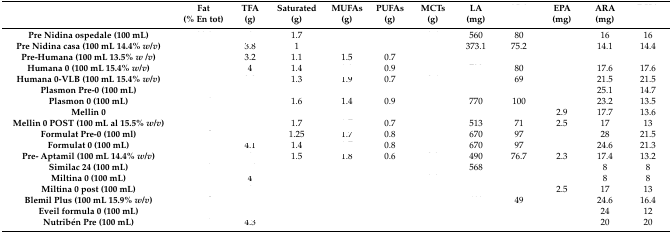
<table><thead><tr><td>[EMPTY_CELL]</td><td><b>Fat(% En tot)</b></td><td><b>TFA (g)</b></td><td><b>Saturated (g)</b></td><td><b>MUFAs (g)</b></td><td><b>PUFAs (g)</b></td><td><b>MCTs (g)</b></td><td><b>LA (mg)</b></td><td>[EMPTY_CELL]</td><td><b>EPA (mg)</b></td><td><b>ARA (mg)</b></td><td>[EMPTY_CELL]</td></tr></thead><tbody><tr><td><b>Pre Nidina ospedale (100 mL)</b></td><td>[EMPTY_CELL]</td><td>[EMPTY_CELL]</td><td>1.7</td><td>[EMPTY_CELL]</td><td>[EMPTY_CELL]</td><td>[EMPTY_CELL]</td><td>560</td><td>80</td><td>[EMPTY_CELL]</td><td>16</td><td>16</td></tr><tr><td><b>Pre Nidina casa (100 mL 14.4% <i>w</i>/<i>v</i>)</b></td><td>[EMPTY_CELL]</td><td>3.8</td><td>1</td><td>[EMPTY_CELL]</td><td>[EMPTY_CELL]</td><td>[EMPTY_CELL]</td><td>373.1</td><td>75.2</td><td>[EMPTY_CELL]</td><td>14.1</td><td>14.4</td></tr><tr><td><b>Pre-Humana (100 mL 13.5% <i>w</i>/<i>v</i>)</b></td><td>[EMPTY_CELL]</td><td>3.2</td><td>1.1</td><td>1.5</td><td>0.7</td><td>[EMPTY_CELL]</td><td>[EMPTY_CELL]</td><td>[EMPTY_CELL]</td><td>[EMPTY_CELL]</td><td>[EMPTY_CELL]</td><td>[EMPTY_CELL]</td></tr><tr><td><b>Humana 0 (100 mL 15.4% <i>w</i>/<i>v</i>)</b></td><td>[EMPTY_CELL]</td><td>4</td><td>1.4</td><td>[EMPTY_CELL]</td><td>0.9</td><td>[EMPTY_CELL]</td><td>[EMPTY_CELL]</td><td>80</td><td>[EMPTY_CELL]</td><td>17.6</td><td>17.6</td></tr><tr><td><b>Humana 0-VLB (100 mL 15.4% <i>w</i>/<i>v</i>)</b></td><td>[EMPTY_CELL]</td><td>[EMPTY_CELL]</td><td>1.3</td><td>1.9</td><td>0.7</td><td>[EMPTY_CELL]</td><td>[EMPTY_CELL]</td><td>69</td><td>[EMPTY_CELL]</td><td>21.5</td><td>21.5</td></tr><tr><td><b>Plasmon Pre-0 (100 mL)</b></td><td>[EMPTY_CELL]</td><td>[EMPTY_CELL]</td><td>[EMPTY_CELL]</td><td>[EMPTY_CELL]</td><td>[EMPTY_CELL]</td><td>[EMPTY_CELL]</td><td>[EMPTY_CELL]</td><td>[EMPTY_CELL]</td><td>[EMPTY_CELL]</td><td>25.1</td><td>14.7</td></tr><tr><td><b>Plasmon 0 (100 mL)</b></td><td>[EMPTY_CELL]</td><td>[EMPTY_CELL]</td><td>1.6</td><td>1.4</td><td>0.9</td><td>[EMPTY_CELL]</td><td>770</td><td>100</td><td>[EMPTY_CELL]</td><td>23.2</td><td>13.5</td></tr><tr><td><b>Mellin 0</b></td><td>[EMPTY_CELL]</td><td>[EMPTY_CELL]</td><td>[EMPTY_CELL]</td><td>[EMPTY_CELL]</td><td>[EMPTY_CELL]</td><td>[EMPTY_CELL]</td><td>[EMPTY_CELL]</td><td>[EMPTY_CELL]</td><td>2.9</td><td>17.7</td><td>13.6</td></tr><tr><td><b>Mellin 0 POST (100 mL al 15.5% <i>w</i>/<i>v</i>)</b></td><td>[EMPTY_CELL]</td><td>[EMPTY_CELL]</td><td>1.7</td><td>[EMPTY_CELL]</td><td>0.7</td><td>[EMPTY_CELL]</td><td>513</td><td>71</td><td>2.5</td><td>17</td><td>13</td></tr><tr><td><b>Formulat Pre-0 (100 ml)</b></td><td>[EMPTY_CELL]</td><td>[EMPTY_CELL]</td><td>1.25</td><td>1.7</td><td>0.8</td><td>[EMPTY_CELL]</td><td>670</td><td>97</td><td>[EMPTY_CELL]</td><td>28</td><td>21.5</td></tr><tr><td><b>Formulat 0 (100 mL)</b></td><td>[EMPTY_CELL]</td><td>4.1</td><td>1.4</td><td>[EMPTY_CELL]</td><td>0.8</td><td>[EMPTY_CELL]</td><td>670</td><td>97</td><td>[EMPTY_CELL]</td><td>24.6</td><td>21.3</td></tr><tr><td><b>Pre- Aptamil (100 mL 14.4% <i>w</i>/<i>v</i>)</b></td><td>[EMPTY_CELL]</td><td>[EMPTY_CELL]</td><td>1.5</td><td>1.8</td><td>0.6</td><td>[EMPTY_CELL]</td><td>490</td><td>76.7</td><td>2.3</td><td>17.4</td><td>13.2</td></tr><tr><td><b>Similac 24 (100 mL)</b></td><td>[EMPTY_CELL]</td><td>[EMPTY_CELL]</td><td>[EMPTY_CELL]</td><td>[EMPTY_CELL]</td><td>[EMPTY_CELL]</td><td>[EMPTY_CELL]</td><td>568</td><td>[EMPTY_CELL]</td><td>[EMPTY_CELL]</td><td>8</td><td>8</td></tr><tr><td><b>Miltina 0 (100 mL)</b></td><td>[EMPTY_CELL]</td><td>4</td><td>[EMPTY_CELL]</td><td>[EMPTY_CELL]</td><td>[EMPTY_CELL]</td><td>[EMPTY_CELL]</td><td>[EMPTY_CELL]</td><td>[EMPTY_CELL]</td><td>[EMPTY_CELL]</td><td>8</td><td>8</td></tr><tr><td><b>Miltina 0 post (100 mL)</b></td><td>[EMPTY_CELL]</td><td>[EMPTY_CELL]</td><td>[EMPTY_CELL]</td><td>[EMPTY_CELL]</td><td>[EMPTY_CELL]</td><td>[EMPTY_CELL]</td><td>[EMPTY_CELL]</td><td>[EMPTY_CELL]</td><td>2.5</td><td>17</td><td>13</td></tr><tr><td><b>Blemil Plus (100 mL 15.9% <i>w</i>/<i>v</i>)</b></td><td>[EMPTY_CELL]</td><td>[EMPTY_CELL]</td><td>[EMPTY_CELL]</td><td>[EMPTY_CELL]</td><td>[EMPTY_CELL]</td><td>[EMPTY_CELL]</td><td>[EMPTY_CELL]</td><td>49</td><td>[EMPTY_CELL]</td><td>24.6</td><td>16.4</td></tr><tr><td><b>Eveil formula 0 (100 mL)</b></td><td>[EMPTY_CELL]</td><td>[EMPTY_CELL]</td><td>[EMPTY_CELL]</td><td>[EMPTY_CELL]</td><td>[EMPTY_CELL]</td><td>[EMPTY_CELL]</td><td>[EMPTY_CELL]</td><td>[EMPTY_CELL]</td><td>[EMPTY_CELL]</td><td>24</td><td>12</td></tr><tr><td><b>Nutribén Pre (100 mL)</b></td><td>[EMPTY_CELL]</td><td>4.3</td><td>[EMPTY_CELL]</td><td>[EMPTY_CELL]</td><td>[EMPTY_CELL]</td><td>[EMPTY_CELL]</td><td>[EMPTY_CELL]</td><td>[EMPTY_CELL]</td><td>[EMPTY_CELL]</td><td>20</td><td>20</td></tr></tbody></table>